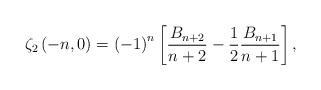
LaTeX: \begin{align*}\zeta_{2}\left(-n,0\right)=\left(-1\right)^{n}\left[\frac{B_{n+2}}{n+2}-\frac{1}{2}\frac{B_{n+1}}{n+1}\right],\end{align*}